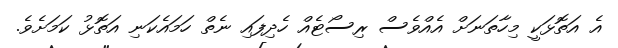
އެ އަތޮޅަކީ މިހާތަނަށް އެއްވެސް ރިސޯޓެއް ހެދިފައި ނެތް ހަމައެކަނި އަތޮޅު ކަމަށެވެ.